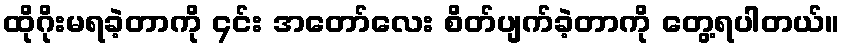
ထိုဂိုးမရခဲ့တာကို ၄င်း အတော်လေး စိတ်ပျက်ခဲ့တာကို တွေ့ရပါတယ်။